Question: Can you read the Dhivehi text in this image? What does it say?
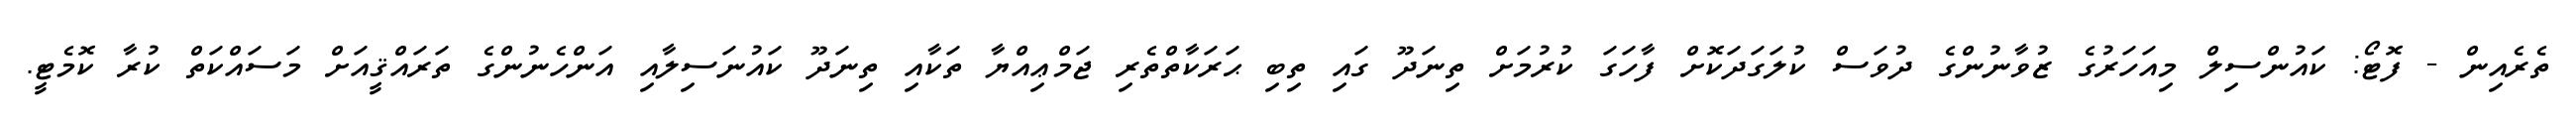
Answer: ތެރެއިން - ފޮޓޯ: ކައުންސިލް މިއަހަރުގެ ޒުވާނުންގެ ދުވަސް ކުލަގަދަކޮށް ފާހަގަ ކުރުމަށް ތިނަދޫ ގައި ތިބި ޙަރަކާތްތެރި ޖަމްޢިއްޔާ ތަކާއި ތިނަދޫ ކައުނަސިލާއި އަންހެނުންގެ ތަރައްޤީއަށް މަސައްކަތް ކުރާ ކޮމެޓީ.